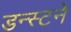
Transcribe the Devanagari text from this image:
डन्स्टने